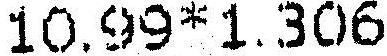
10.99*1.306